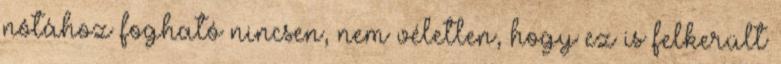
nótához fogható nincsen, nem véletlen, hogy ez is felkerült